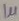
Text: 1µ